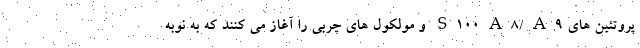
پروتئین های S100A8/A9 و مولکول های چربی را آغاز می کنند که به نوبه